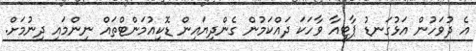
އެ ދުވަހުން އަޅުގަނޑު ޕާޓީއާ ވާހަކަ ދައްކަމުން ގެންދިޔައިން ޑޮކިއުމަންޓްތައް ނިންމައި ދިނުމަށް.